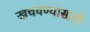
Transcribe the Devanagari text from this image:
खचवण्यासाठी